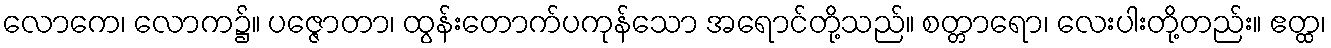
လောကေ၊ လောက၌။ ပဇ္ဇောတာ၊ ထွန်းတောက်ပကုန်သော အရောင်တို့သည်။ စတ္တာရော၊ လေးပါးတို့တည်း။ ဧတ္ထ၊